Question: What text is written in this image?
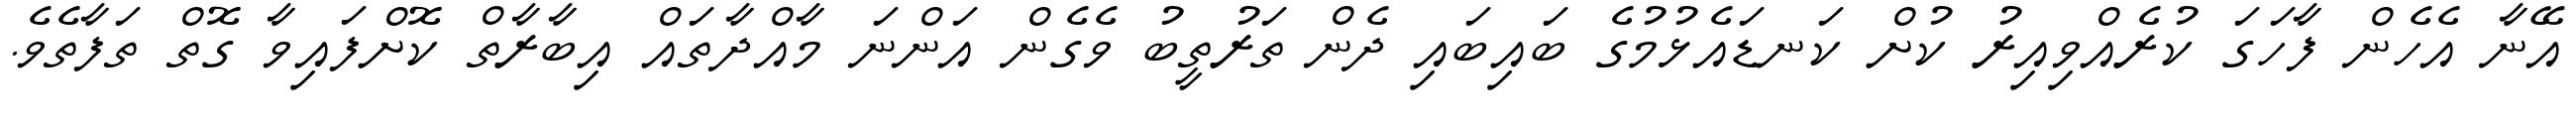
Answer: އޭނާ އެހެން ފާހަގަ ކުރެއްވިއިރު ކުށް ކަނޑައެޅުމުގެ ބައިބައި ދެން ތަރުތީބު ވެގެން އަންނަ މާއްދާތައް އިބާރާތް ކޮށްފައިވާ ގޮތް ތަފާތެވެ.